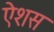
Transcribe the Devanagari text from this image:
ऐशस